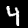
Digit: 4